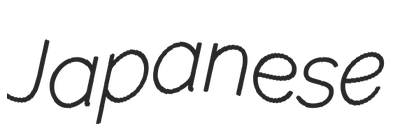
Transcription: Japanese